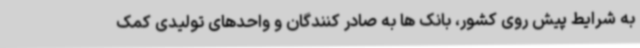
به شرایط پیش روی کشور، بانک ها به صادر کنندگان و واحدهای تولیدی کمک